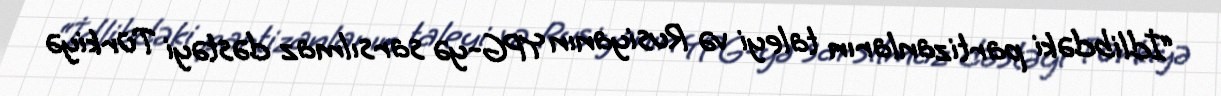
“İdlibdəki partizanların taleyi və Rusiyanın YPG-yə sarsılmaz dəstəyi Türkiyə